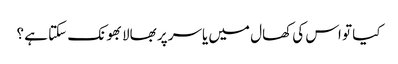
کیا تو اس کی کھال میں یاسر پر بھالا بھونک سکتا ہے ؟